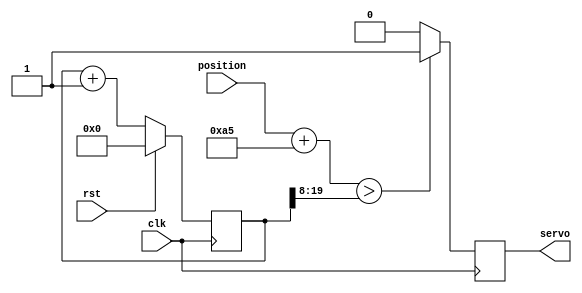
module servo (
    input clk,
    input rst,
    input [7:0] position,
    output servo
  );
   
  reg pwm_d, pwm_q;
  reg [19:0] ctr_d, ctr_q;
   
  assign servo = pwm_q;
   
  always @(*) begin
    ctr_d = ctr_q + 1'b1;
     
    if (position + 9'd165 > ctr_q[19:8])
      pwm_d = 1'b1;
    else
      pwm_d = 1'b0;
  end
   
  always @(posedge clk) begin
    if (rst) begin
      ctr_q <= 1'b0;
    end else begin
      ctr_q <= ctr_d;
    end
     
    pwm_q <= pwm_d;
  end
   
endmodule